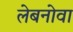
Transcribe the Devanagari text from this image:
लेबनोवा